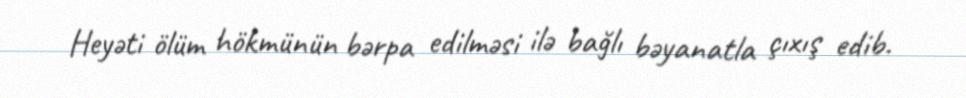
Heyəti ölüm hökmünün bərpa edilməsi ilə bağlı bəyanatla çıxış edib.